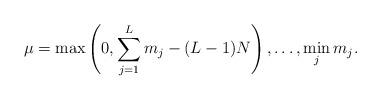
LaTeX: \begin{align*}\mu = \max \left(0, \sum_{j=1}^{L}m_{j} - (L-1)N \right), \ldots, \min_{j}m_{j}.\end{align*}